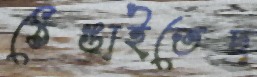
ঠেঙাইতেছ